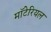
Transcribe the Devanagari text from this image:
मॉटेरियल